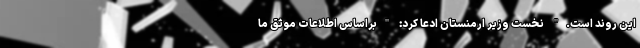
این روند است." نخست وزیر ارمنستان ادعا کرد: "براساس اطلاعات موثق ما